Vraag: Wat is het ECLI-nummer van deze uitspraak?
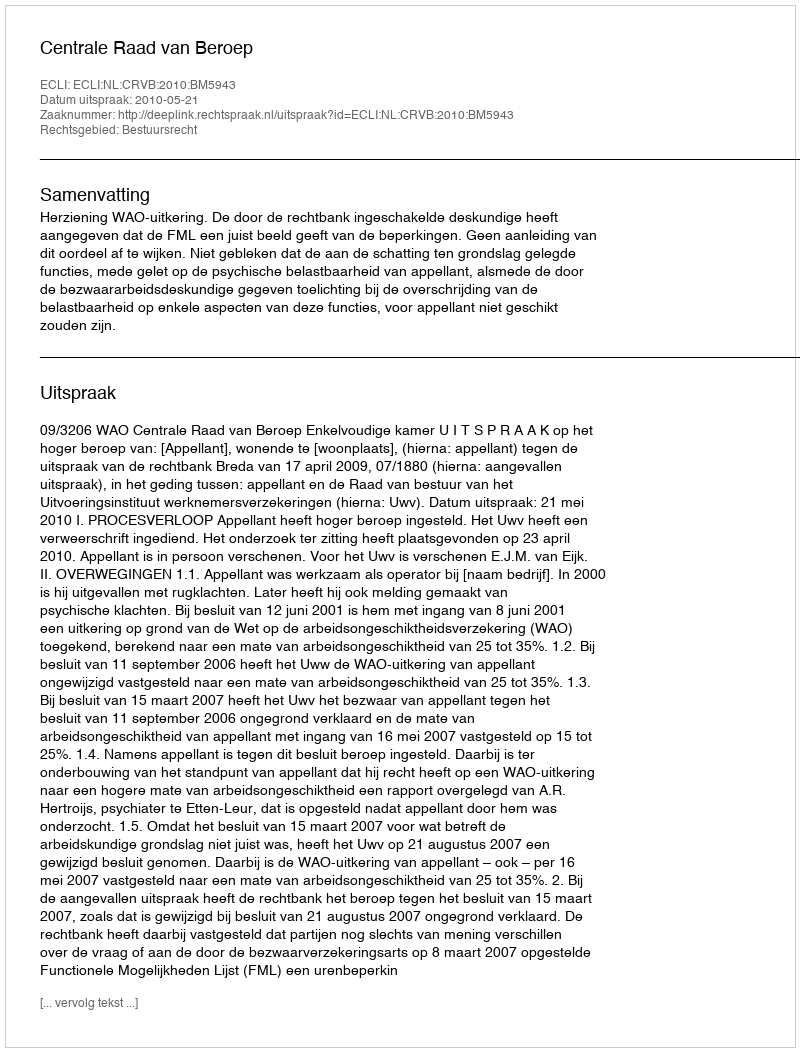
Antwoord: ECLI:NL:CRVB:2010:BM5943